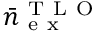
\bar { n } _ { \mathrm { ~ e ~ x ~ } } ^ { \mathrm { ~ T ~ L ~ O ~ } }